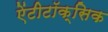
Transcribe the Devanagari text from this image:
ऐंटीटॉक्सिक